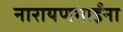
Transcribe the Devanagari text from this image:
नारायणभाईंना